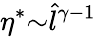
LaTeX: \eta^{*}{\sim}\hat{l}^{\gamma-1}